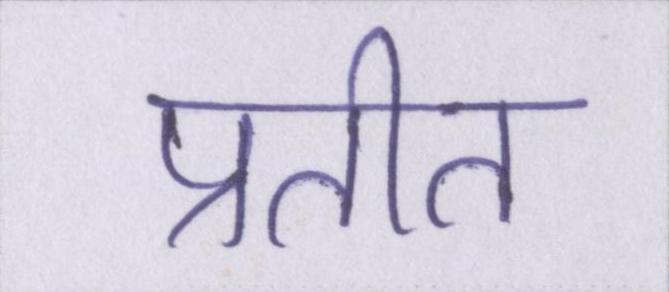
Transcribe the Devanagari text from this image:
प्रतीत